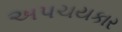
અપચયકાર